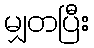
မျှတပြီး